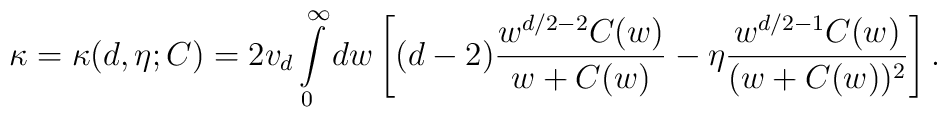
\kappa=\kappa(d,\eta;C)=2v_d \int\limits_0^\infty dw \left[ (d-2)  \frac{w^{d/2-2} C(w)}{w+C(w)} -\eta \frac{w^{d/2-1}  C(w)}{(w+C(w))^2} \right].